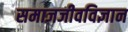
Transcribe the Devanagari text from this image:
समाजजीवविज्ञान